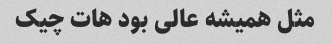
مثل همیشه عالی بود هات چیک